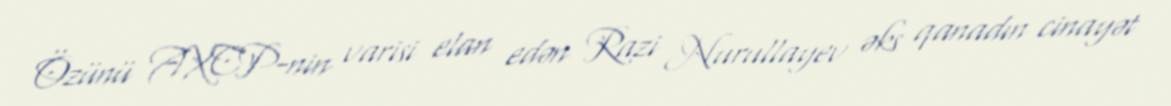
Özünü AXCP-nin varisi elan edən Razi Nurullayev əks qanadın cinayət